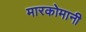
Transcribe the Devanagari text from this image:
मारकोमानी